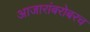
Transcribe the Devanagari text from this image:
आजारांबरोबरच